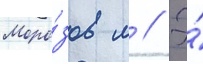
Моро́зов м // Э́